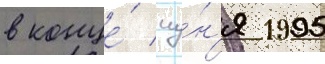
в конце́ иу́н'я 1995